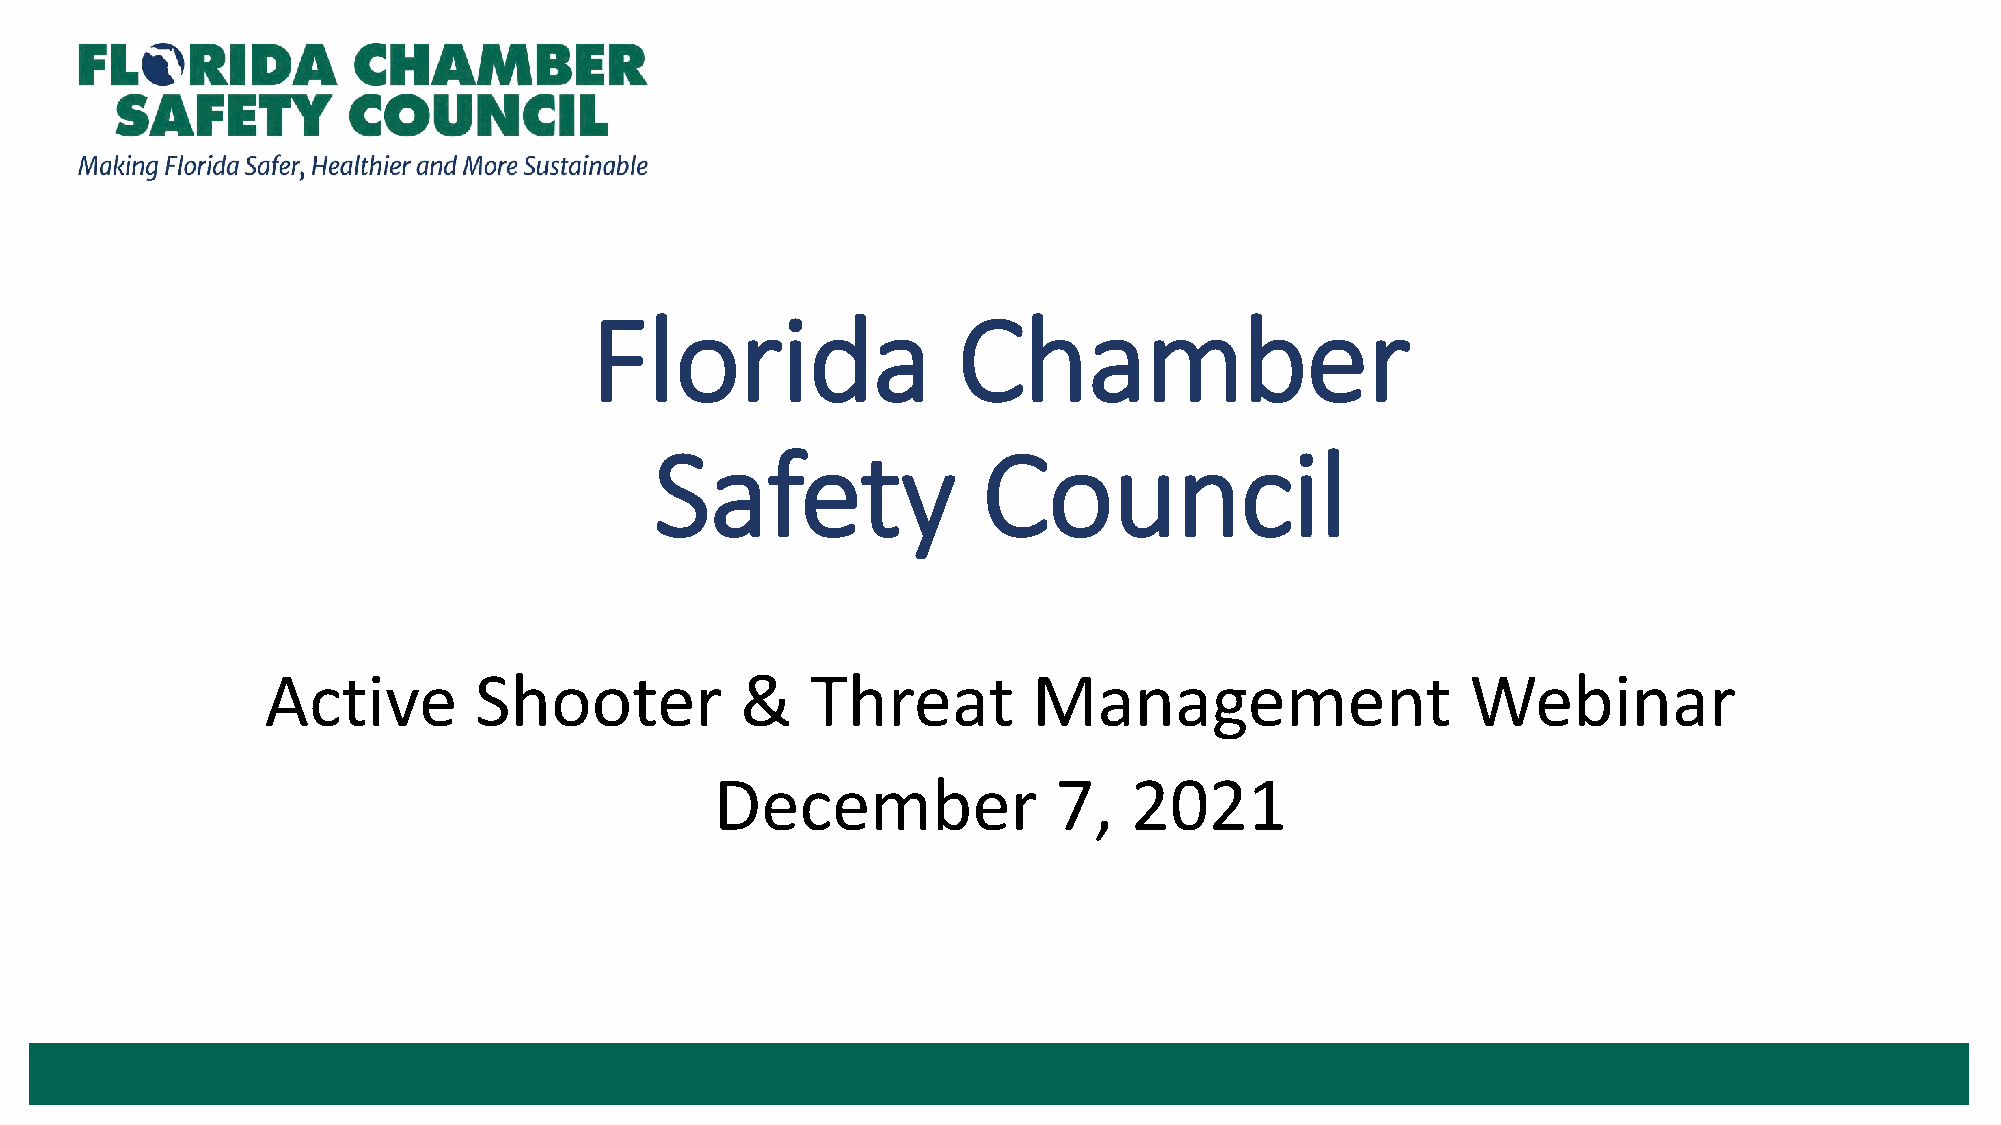
Florida                 Chamber
 Safety                Council
 Active       Shooter           &    Threat        Management                   Webinar
 December               7,   2021